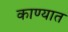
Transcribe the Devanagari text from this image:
काण्यात